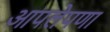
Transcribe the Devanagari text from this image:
आपलेपणा